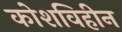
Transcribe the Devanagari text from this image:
कोशविहीन